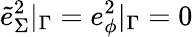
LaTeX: \tilde{e}_{\Sigma}^{2}|_{\Gamma}=e_{\phi}^{2}|_{\Gamma}=0